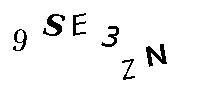
9SE3ZN